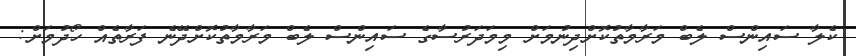
ކެލާ ސައިންސް ލެބް މަރާމާތުކޮށްދިނުމަށް މިމަދަރުސާގެ ސައިންސް ލެބް މަރާމާތުކޮށްދޭނެ ފަރާތެއް ހޯދުމަށް: